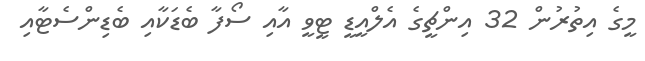
މީގެ އިތުރުން 32 އިންޗީގެ އެލްއީޑީ ޓީވީ އާއި ސޯފާ ބެޑަކާއި ބެޑިންސެޓާއި